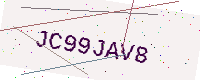
Text: JC99JAV8